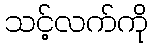
သင့်လက်ကို